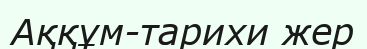
Аққұм-тарихи жер